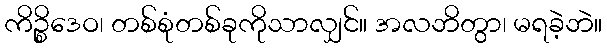
ကိဉ္စိဒေဝ၊ တစ်စုံတစ်ခုကိုသာလျှင်။ အလဘိတွာ၊ မရခဲ့ဘဲ။